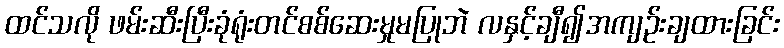
ထင်သလို ဖမ်းဆီးပြီးခုံရုံးတင်စစ်ဆေးမှုမပြုဘဲ လနှင့်ချီ၍အကျဉ်းချထားခြင်း